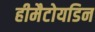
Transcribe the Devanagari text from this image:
हीमैटोयडिन